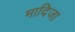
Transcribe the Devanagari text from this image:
मादिजा